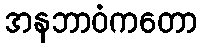
အနဘာဝံကတော